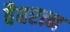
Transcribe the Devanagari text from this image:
वैद्यरत्न